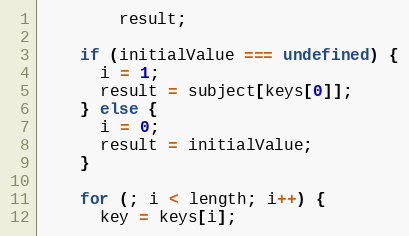
Language: JavaScript
        result;

    if (initialValue === undefined) {
      i = 1;
      result = subject[keys[0]];
    } else {
      i = 0;
      result = initialValue;
    }

    for (; i < length; i++) {
      key = keys[i];